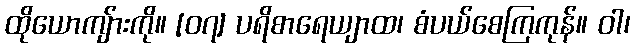
ထိုယောကျ်ားကို။ [၀၇] ပရိစာရေယျာထ၊ စံပယ်စေကြကုန်။ ဝါ၊